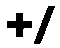
+/